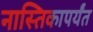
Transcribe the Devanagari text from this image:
नास्तिकापर्यंत